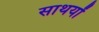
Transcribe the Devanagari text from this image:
साथयों